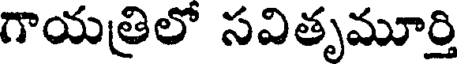
గాయత్రిలో సవితృమూర్తి